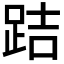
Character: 𨀙